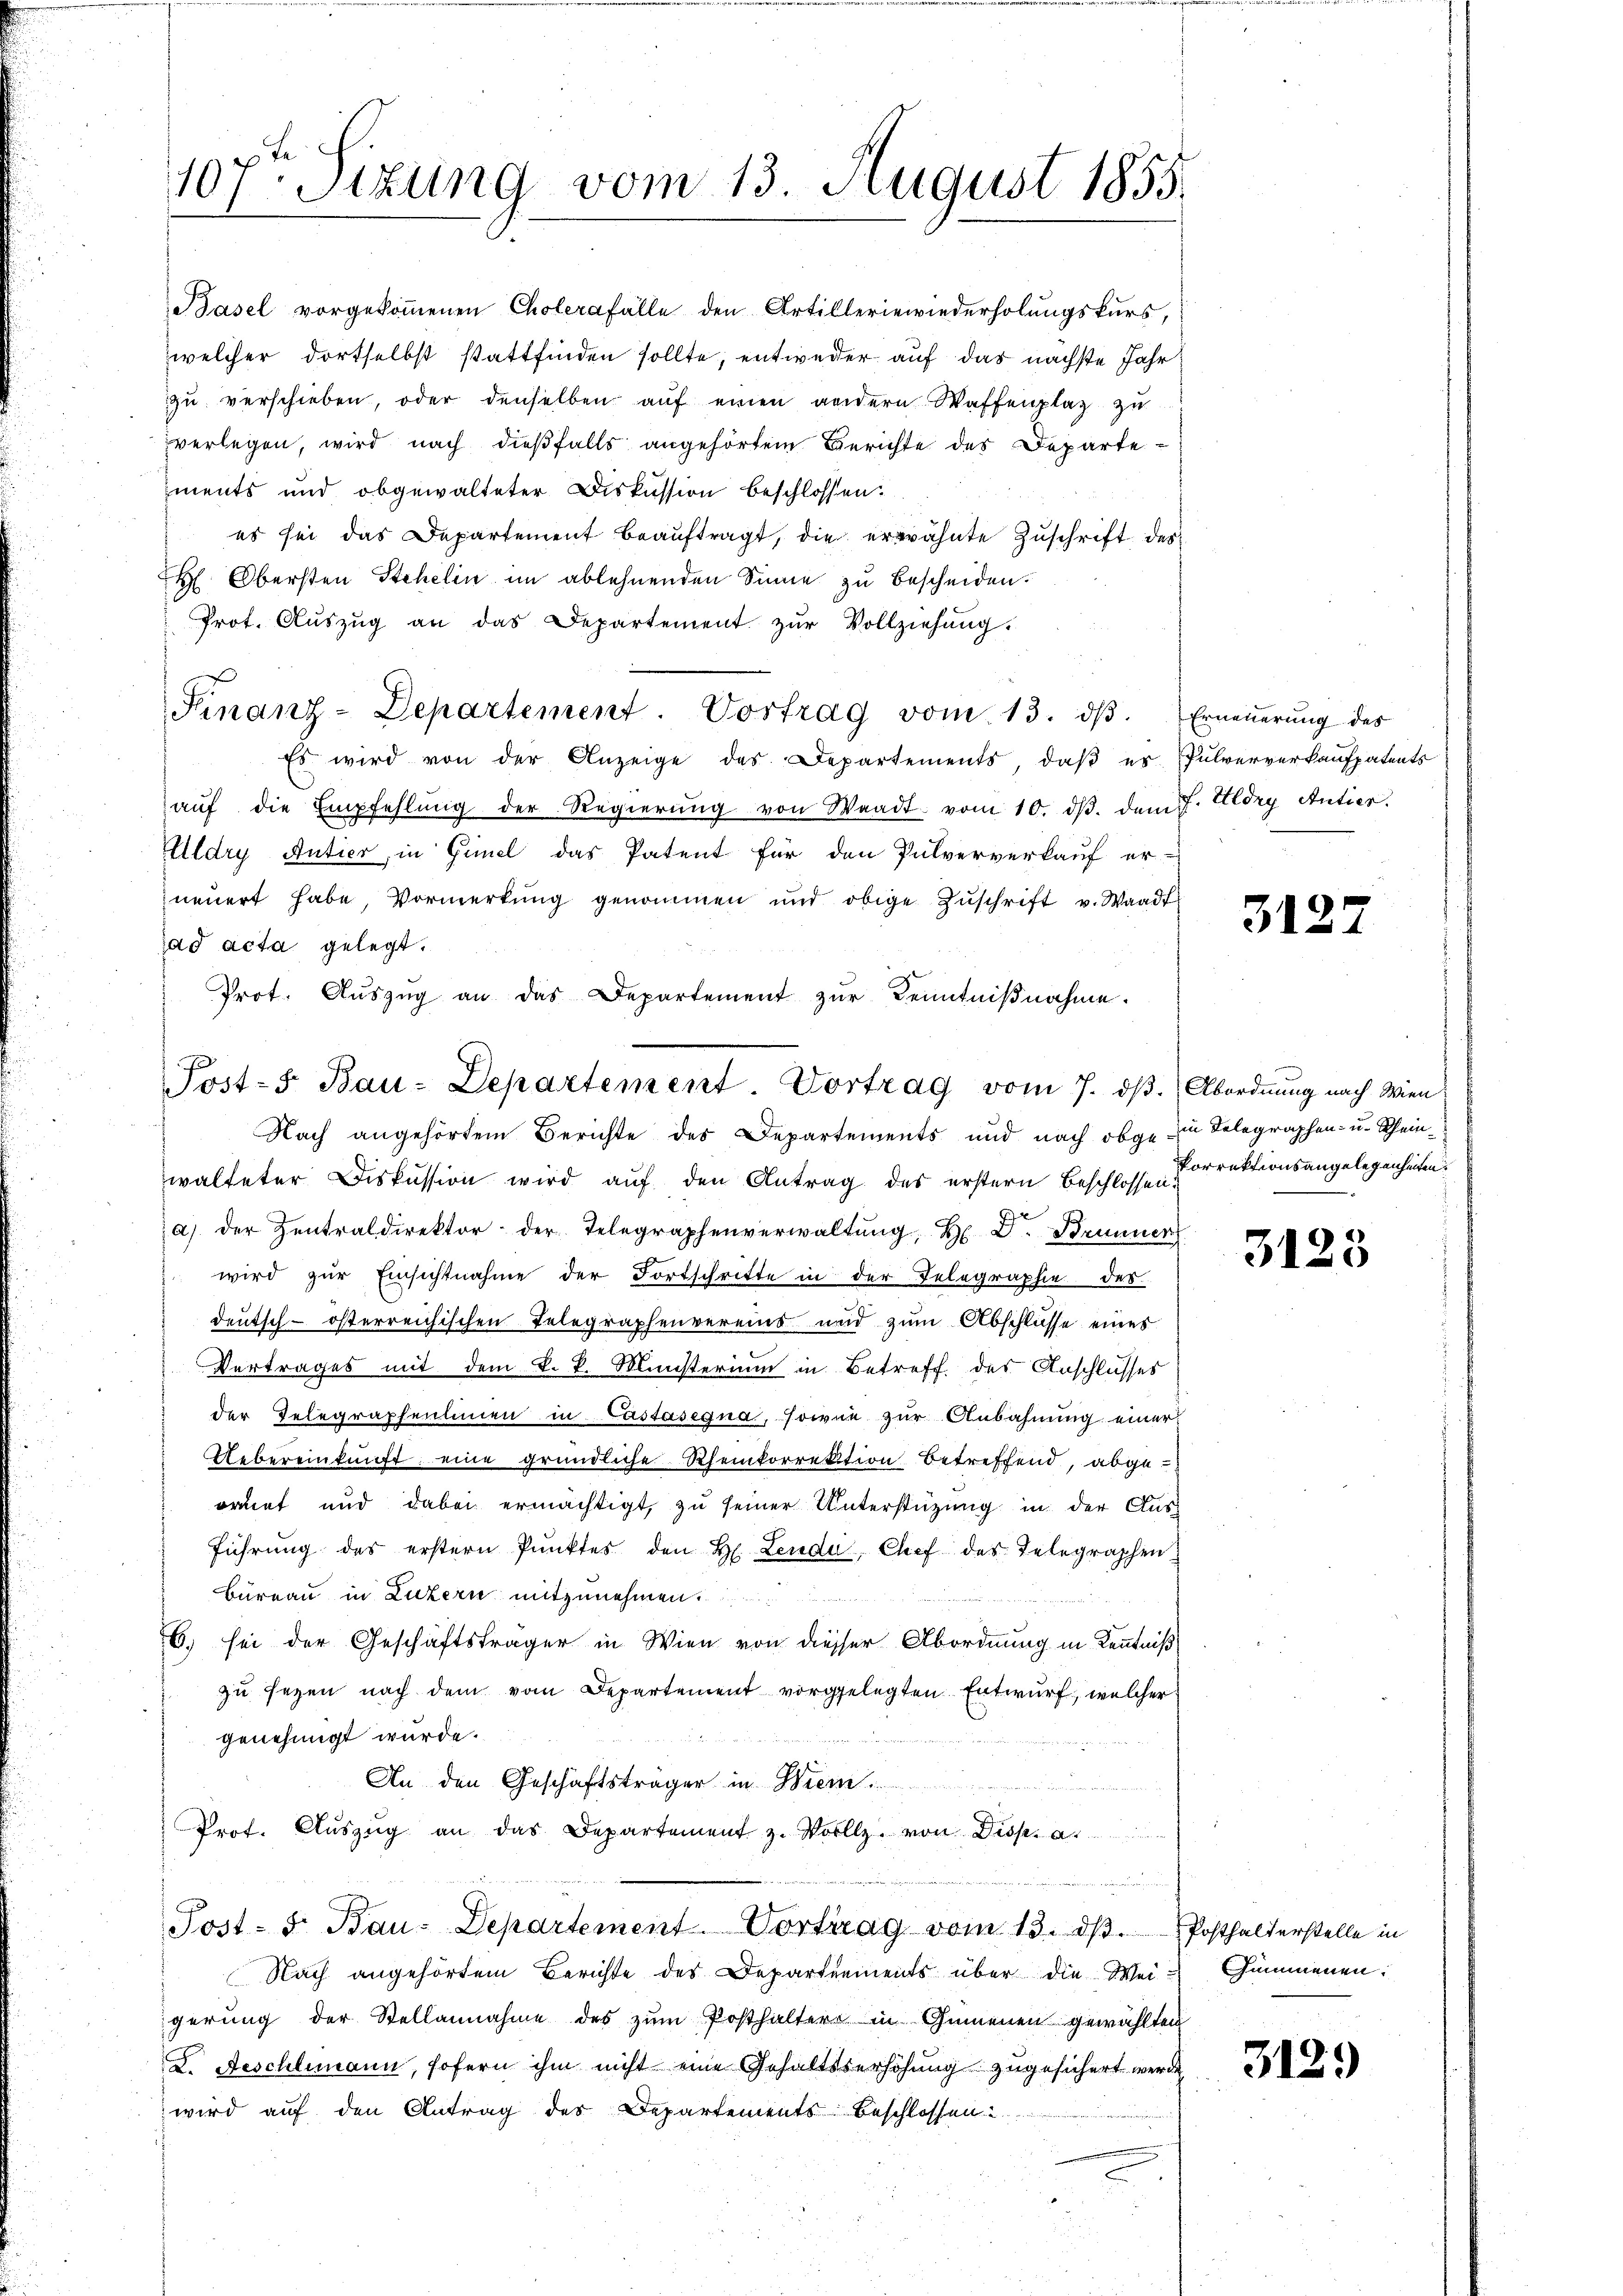
107. Sitzung vom 13. August 1855.

Post-S. Bau-Departement. Vortrag vom 7. dβ. Abordnung nach Wien

Prot. Aŭszŭg an das Departement zŭr Vollziehŭng.
Finanz-Departement. Vortrag vom 13. dβ. Erneŭerŭng des
Es wird von der Anzeige des Departements, daß es Pulververkaufpatents
aŭf die Empfehlŭng der Regierŭng von Waadt vom 10. dβ. dem J. Uldry Antier.
Uldry Antier, in Gimel das Patent für den Pulververkauf er-
neuert habe, Vormerkŭng genommen und obige Zŭschrift v. Waadt
ad acta gelegt.
Prot. Aŭszŭg an das Departement zur Kenntnißnahme.
Nach angehörtem Berichte des Departements und nach obge in Telegraphen- u. Rheinwalteter Diskussion wird auf den Antrag des erstern Beschlosse Korrektionsangelegenheiten
i
a) der Zentraldirektor der Telegraphenverwaltŭng, H. D. Brunnen
wird zur Einsichtnahme der Fortschritte in der Telegraphie des
deutsch-österreichischen Telegraphenvereins und zum Abschlüsse eines
Vertrages mit dem k. k. Ministerium in Betreff des Anschlusses
der Telegraphenlinien in Castasegna, sowie zur Anbahnung einer
Uebereinkunft eine gründliche Rheinkorrektion betreffend, abgeordnet und dabei ermächtigt, zu seiner Unterstützung in der Ausführung des erstern Pŭnktes den H. Leude, Chef des Telegraphen
Büreau in Luzern mitzunehmen.
6. sei der Geschäftsträger in Wien von diesser Abordnung in Kenntniß
zu sezen nach dem vom Departement vorgelegten Entwurf, welcher
genehmigt wurde.
An den Geschäftsträger in Brem
Prot. Aŭszŭg an das Departement z. Vollz. von Disp. a.
.
Post- 5. Bau-Departement. Vortrag vom 13. dβ. Posthalterstelle in
Nach angehörtem Berichte des Departements über die Wei-Gummenen.
igerung der Stellannahme des zum Posthaltern in Gummenen gewählten
I. Geschlimann, sofern ihm nicht eine Gehaltsserhöhung zugesichert werde,
wird auf den Antrag des Departements beschlossen

Basel vorgekoṁenen Cholerafälle den Artilleriewiederholungskurs,
welcher dortselbst stattfinden sollte, entweder auf das nächste Jahr
zŭ verschieben, oder denselben aŭf einen andern Waffenplaz zu
verlegen, wird nach dießfalls angehörten Berichte des Departements und abgewalteter Diskussion beschlossen:
es sei das Departement beaŭftragt, die erwähnte Zŭschrift des
 Obersten Stehelin im ablehnenden Sinne zu bescheiden.

3122

3123

3129